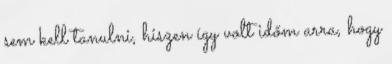
sem kell tanulni, hiszen így volt időm arra, hogy